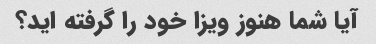
آیا شما هنوز ویزا خود را گرفته اید؟